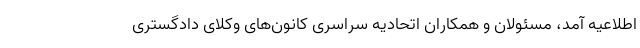
اطلاعیه آمد، مسئولان و همکاران اتحادیه سراسری کانون‌های وکلای دادگستری